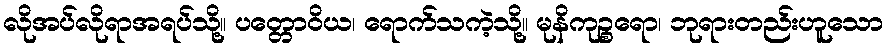
လိုအပ်လိုရာအရပ်သို့။ ပတ္တောဝိယ၊ ရောက်သကဲ့သို့။ မုနိကုဉ္စရော၊ ဘုရားတည်းဟူသော